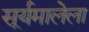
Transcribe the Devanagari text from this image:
सूर्यमालेला